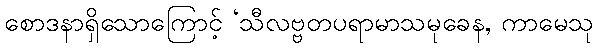
စောဒနာရှိသောကြောင့် ‘သီလဗ္ဗတပရာမာသမုခေန, ကာမေသု